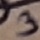
Text: 3